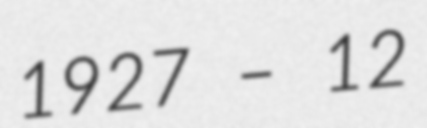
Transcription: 1927 – 12